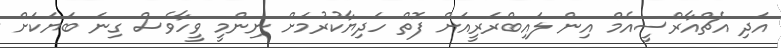
އަދި އެޗްއާރްސީއެމް އިން ލައިބްރަރީއަށް ފޮތް ހަދިޔާކުރުމަށް ނިންމީ ވީހާވެސް ގިނަ ބަޔަކަށް